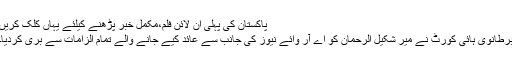
پاکستان کی پہلی آن لائن فلم،مکمل خبر پڑھنے کیلئے یہاں کلک کریں
برطانوی ہائی کورٹ نے میر شکیل الرحمان کو اے آر وائے نیوز کی جانب سے عائد کیے جانے والے تمام الزامات سے بری کردیا۔